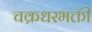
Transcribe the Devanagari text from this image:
चक्रधरभक्ती